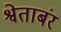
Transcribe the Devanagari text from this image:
श्वेताबंर